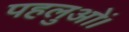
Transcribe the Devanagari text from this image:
पहलुओं।